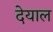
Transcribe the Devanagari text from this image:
देयाल